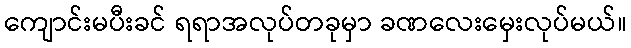
ကျောင်းမပီးခင် ရရာအလုပ်တခုမှာ ခဏလေးမှေးလုပ်မယ်။